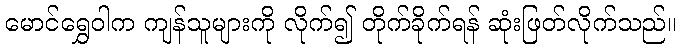
မောင်ရွှေဝါက ကျန်သူများကို လိုက်၍ တိုက်ခိုက်ရန် ဆုံးဖြတ်လိုက်သည်။